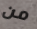
من